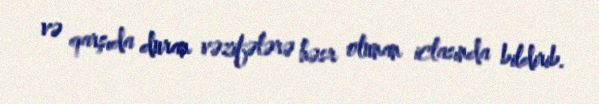
və qarşıda duran vəzifələrə həsr olunan iclasında bildirib.